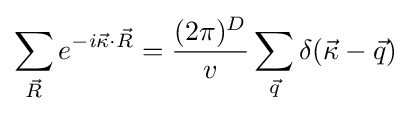
\sum _{\vec {R}}e^{-i{\vec {\kappa }}\cdot {\vec {R}}}={\frac {(2\pi )^{D}}{v}}\sum _{\vec {q}}\delta ({\vec {\kappa }}-{\vec {q}})